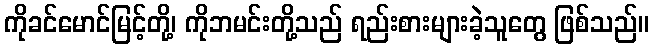
ကိုခင်မောင်မြင့်တို့၊ ကိုဘမင်းတို့သည် ရည်းစားများခဲ့သူတွေ ဖြစ်သည်။